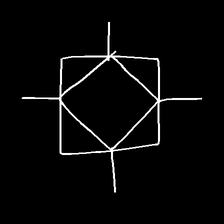
Glyph: light